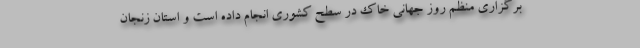
برگزاری منظم روز جهانی خاک در سطح کشوری انجام داده است و استان زنجان